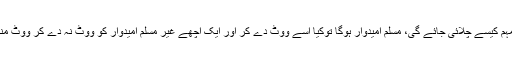
سوال یہ بھی ہے کہ یہ مہم کیسے چلائی جائے گی، مسلم امیدوار ہوگا توکیا اسے ووٹ دے کر اور ایک اچھے غیر مسلم امیدوار کو ووٹ نہ دے کر ووٹ منتشر کردئیے جائیں گے؟